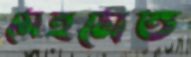
মেহমেত